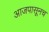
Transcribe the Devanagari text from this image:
आजपासूनच